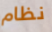
نظام